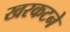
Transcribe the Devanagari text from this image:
खरकटने